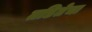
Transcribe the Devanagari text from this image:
तडितेचा